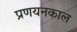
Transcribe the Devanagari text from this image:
प्रणयनकाल